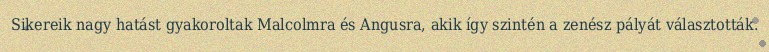
Sikereik nagy hatást gyakoroltak Malcolmra és Angusra, akik így szintén a zenész pályát választották.